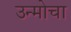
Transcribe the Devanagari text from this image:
उन्मोचा